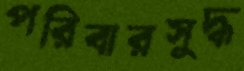
পরিবারসুদ্ধ